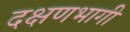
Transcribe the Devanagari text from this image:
दक्षणभागी